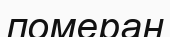
померан